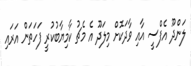
ލަންދޫ އެފްސީ އާއި ވާދަކޮށް މިލަދޫ އެ މެޗު ކާމިޔާބުކުރީ ފަހަތަން އަރައި